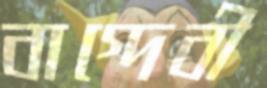
বাগ্‌দেবী